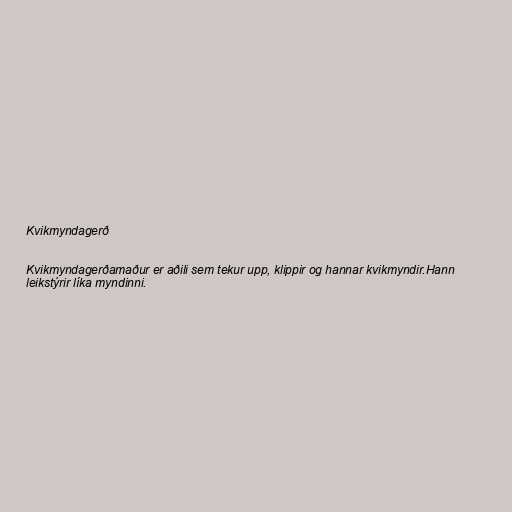
Kvikmyndagerð

Kvikmyndagerðamaður er aðili sem tekur upp, klippir og hannar kvikmyndir.Hann
leikstýrir líka myndinni.